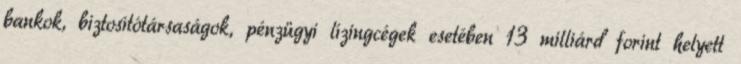
bankok, biztosítótársaságok, pénzügyi lízingcégek esetében 13 milliárd forint helyett